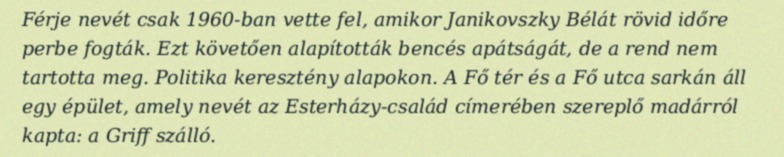
Férje nevét csak 1960-ban vette fel, amikor Janikovszky Bélát rövid időre perbe fogták. Ezt követően alapították bencés apátságát, de a rend nem tartotta meg. Politika keresztény alapokon. A Fő tér és a Fő utca sarkán áll egy épület, amely nevét az Esterházy-család címerében szereplő madárról kapta: a Griff szálló.